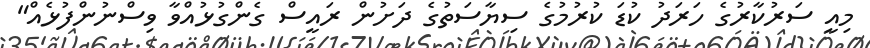
މިއީ ސަރުކާރުގެ ހަރަދު ކުޑަ ކުރުމުގެ ސިޔާސަތުގެ ދަށުން ރައީސް ގެންގުޅުއްވާ ވިސްނުންފުޅެއް"